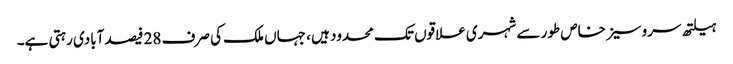
ہیلتھ سروسیز خاص طور سے شہری علاقوں تک محدود ہیں ، جہاں ملک کی صرف 28 فیصد آبادی رہتی ہے۔